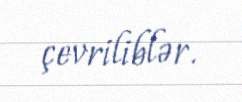
çevriliblər.